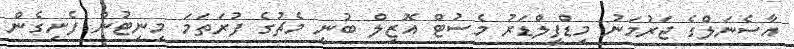
އާސެނަލްގެ ޖަރުމަނު މިޑްފީލްޑަރު މެސުޓް އޮޒިލް ބުނީ މެޗުގެ ފުރަތަމަ މިނިޓުން ފެށިގެން